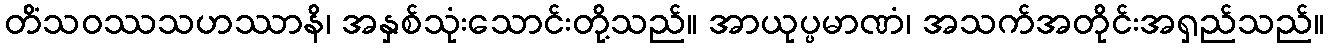
တိံသဝဿသဟဿာနိ၊ အနှစ်သုံးသောင်းတို့သည်။ အာယုပ္ပမာဏံ၊ အသက်အတိုင်းအရှည်သည်။